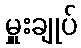
မှူးချုပ်